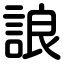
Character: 誏